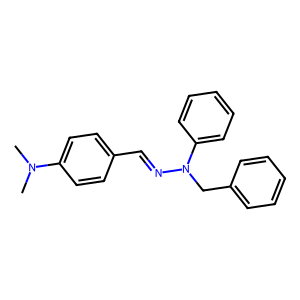
SMILES: CN(C)c1ccc(C=NN(Cc2ccccc2)c2ccccc2)cc1
Inhibits HIV replication: No